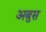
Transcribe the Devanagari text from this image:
अबुस